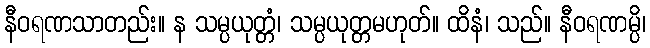
နီဝရဏသာတည်း။ န သမ္ပယုတ္တံ၊ သမ္ပယုတ္တမဟုတ်။ ထိနံ၊ သည်။ နီဝရဏမ္ပိ၊